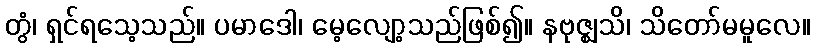
တွံ၊ ရှင်ရသေ့သည်။ ပမာဒေါ၊ မေ့လျော့သည်ဖြစ်၍။ နဗုဇ္ဈသိ၊ သိတော်မမူလေ။